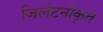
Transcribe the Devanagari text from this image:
जिलेटनीकृत